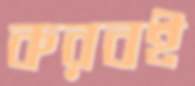
করবই